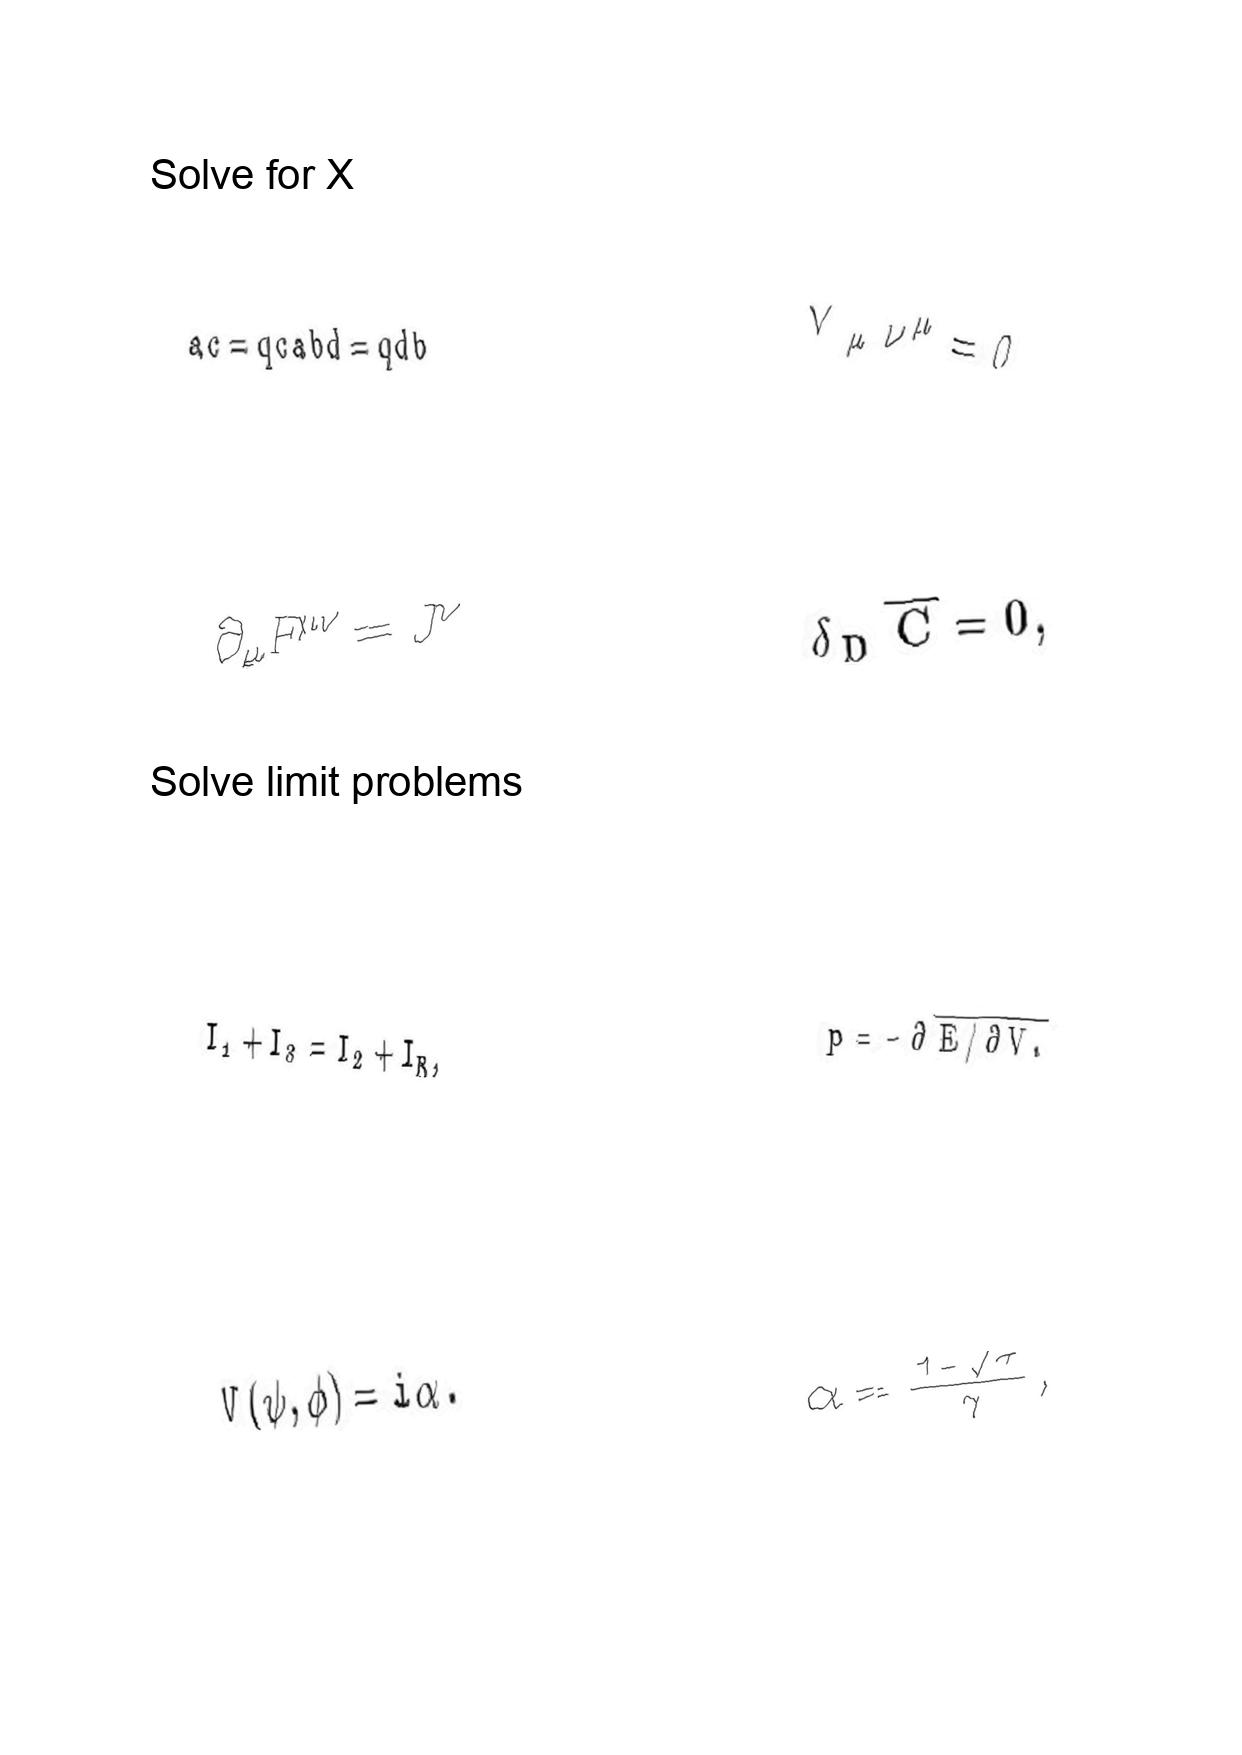
LaTeX transcription:
a c = q c a b d = q d b
\partial _ { \mu } F ^ { \mu \nu } = J ^ { \nu }
I _ { 1 } + I _ { 3 } = I _ { 2 } + I _ { R } ,
V \lparen \psi , \phi \rparen = i \alpha .
\overline { \nabla } _ { \mu } \nu ^ { \mu } = 0 .
\delta _ { D } \overline { C } = 0 ,
p = - \partial \overline { E / \partial V . }
\alpha = \frac { 1 - \sqrt { \tau } } { \gamma } ,